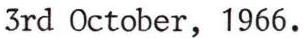
3rd October, 1966.